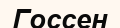
Госсен